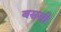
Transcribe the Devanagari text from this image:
बससी